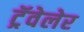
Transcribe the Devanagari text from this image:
ट्रॅवेलेर